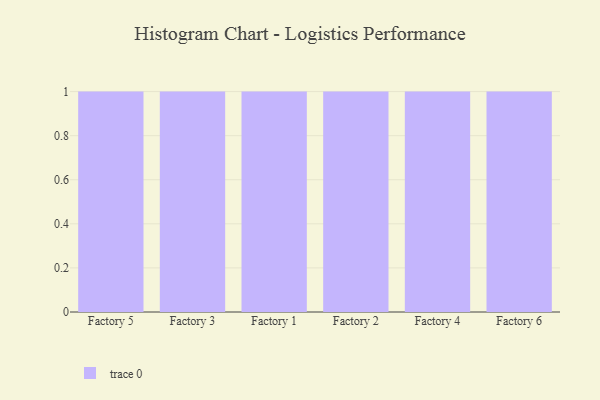
{"axis": {"x": "Factory", "y": "Revenue (USD Million)"}, "legend": [""], "data": [{"x": "Factory 5", "y": 98, "type": ""}, {"x": "Factory 3", "y": 43, "type": ""}, {"x": "Factory 1", "y": 48, "type": ""}, {"x": "Factory 2", "y": 88, "type": ""}, {"x": "Factory 4", "y": 71, "type": ""}, {"x": "Factory 6", "y": 29, "type": ""}]}